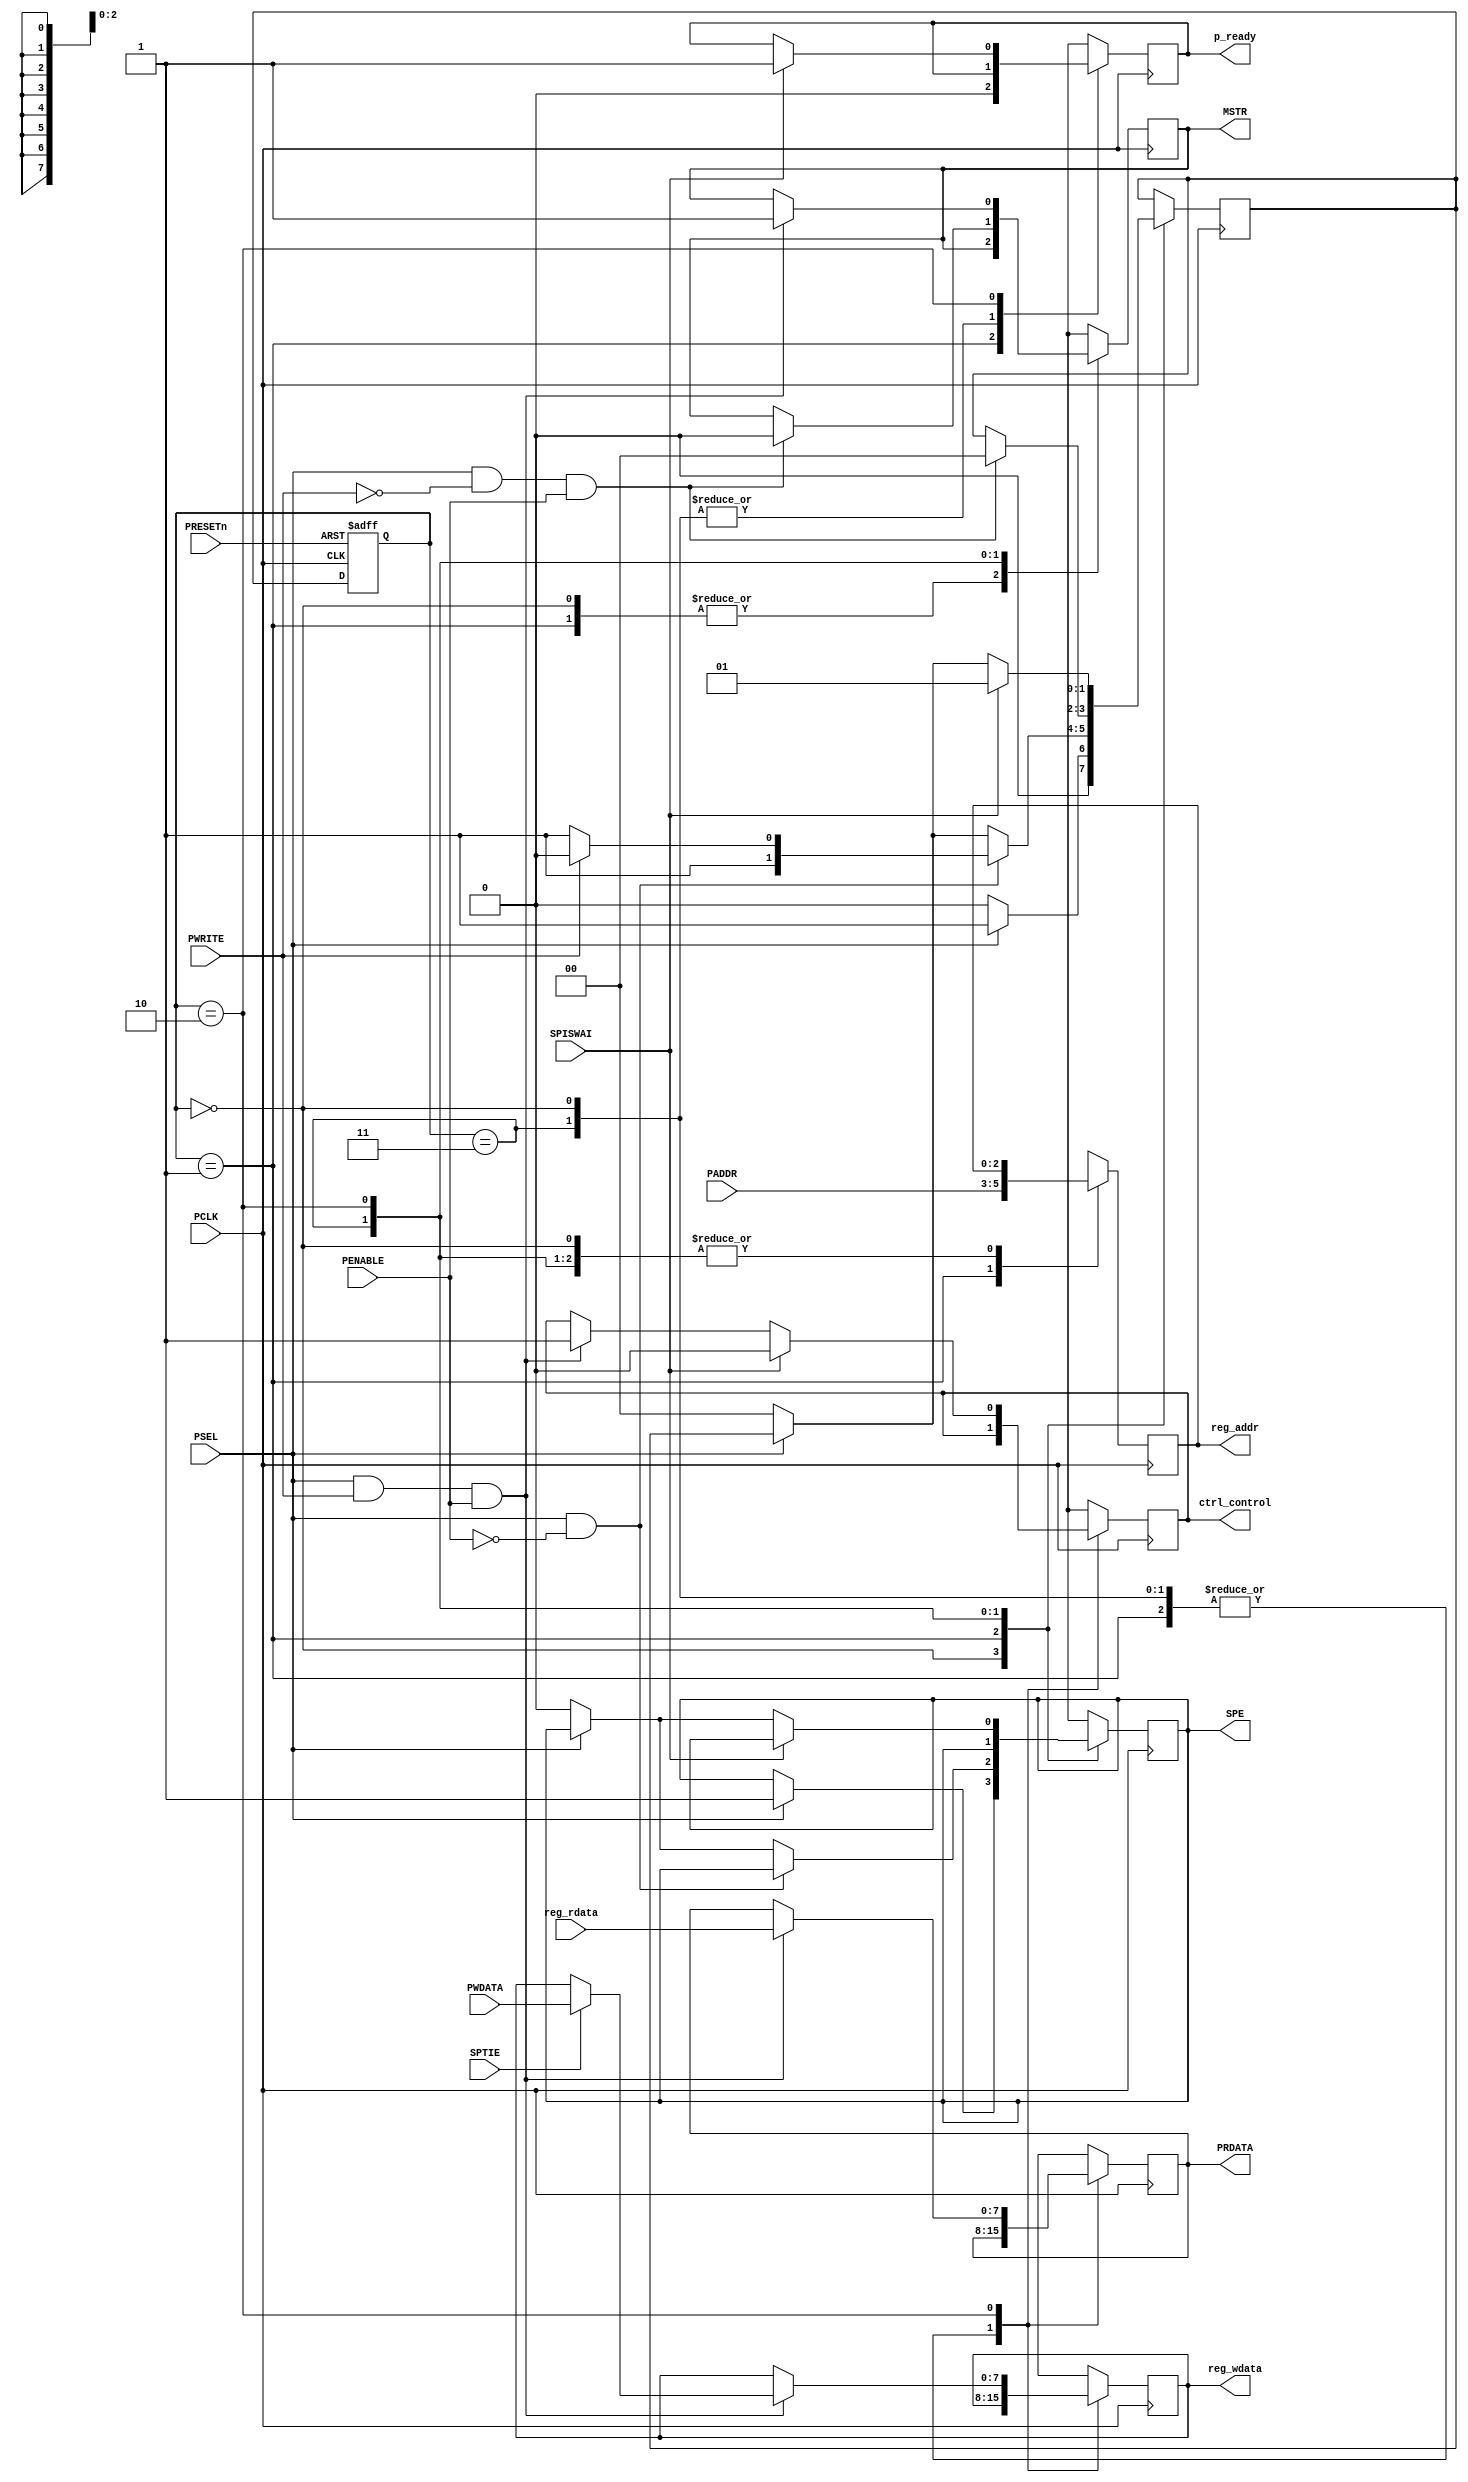
`timescale 1ns / 1ps
//////////////////////////////////////////////////////////////////////////////////
// Company: 
// Engineer: 
// 
// Design Name: 
// Module Name:    APB_Slave 
// Project Name: 
// Target Devices: 
// Tool versions: 
// Description: 
//
// Dependencies: 
//
// Revision: 
// Revision 0.01 - File Created
// Additional Comments: 
//
//////////////////////////////////////////////////////////////////////////////////
module APB_Slave #(parameter data=8,address=3)(
   input PRESETn,// Active Low RESET
	input PCLK,//Peripheral Clock
	input PENABLE,//Data Transmission ENABLE
	input PSEL,//Select Spi 
	input [address-1:0] PADDR,//Configuration Bits
	input PWRITE,//Enable Read Write Operation
	input [data-1:0] PWDATA,//Data Input,Apb Slave To Spi Mosi
	input [data-1:0] reg_rdata,//Data Input,Spi Master To Apb Slave
	input SPISWAI,//Wait State Reg
	input SPTIE,//Buffer Empty Reg

	output reg SPE,//Spi Module Enable Reg
	output reg  [address-1:0] reg_addr,//Configuration Bits Output
	output reg  [data-1:0] reg_wdata,//Data Output
	output reg [data-1:0] PRDATA=0,//Apb Slave Output,From Spi Miso
	output reg MSTR,//Master Or Slave Mode Reg
	output reg p_ready=0,//Apb Slave Output
output reg ctrl_control 
 );   
//Parameter For State Transaction
parameter idle=2'b00,setup=2'b01,write_fifo=2'b10,complet=2'b11;
//State Store Reg
reg[1:0] next_state,current_state;

always@(posedge PCLK,negedge PRESETn)
begin
if(!PRESETn)
begin
current_state<=idle;
end
else
begin
current_state<=next_state;
end
end


always@(posedge PCLK)begin

case(current_state)

idle://Idle State No Operation
begin
if(PSEL)
begin
SPE=1'b1;//Keep Next Module Idle
next_state<=setup;
end
else
begin
next_state<=idle;
end
end

setup://Setup State Send Configuration 
begin
p_ready = 1'b0;//Initial Value
reg_addr = PADDR;
if(PSEL == 1'b1 && PENABLE ==1'b0)
if(PWRITE == 1'b1)
begin
next_state<=write_fifo;
end
else
next_state<=complet;
else if(PSEL==0)
begin
SPE=1'b0;
next_state <= idle;
end
end

complet:// Complet State 
begin
if(PSEL == 1'b1 && PWRITE==1'b0 && PENABLE == 1'b1)
begin
MSTR = 1'b0;
next_state <= idle;
end
end

write_fifo://Write Fifo Perform Read/Write Operation
begin
if(PSEL == 1'b1 && PWRITE==1'b1 && PENABLE == 1'b1)
begin
MSTR = 1'b1;
ctrl_control=1'b1;
PRDATA = reg_rdata;
if(SPTIE==1'b1)//Checking Buffer Empty
begin
reg_wdata = PWDATA;//Data Transmitted
end
end
if(SPISWAI==1)begin//Waiting For Complete Data Transfer
p_ready = 1'b1;
ctrl_control=1'b0;
next_state <= setup;
end
else if(PSEL==1'b0)//PSEL Is Zero Diselected Module
begin
SPE=1'b0;
next_state <= idle;
end
end

default:
begin
 next_state<=idle;
end

endcase
end

endmodule